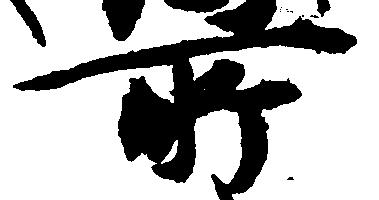
所